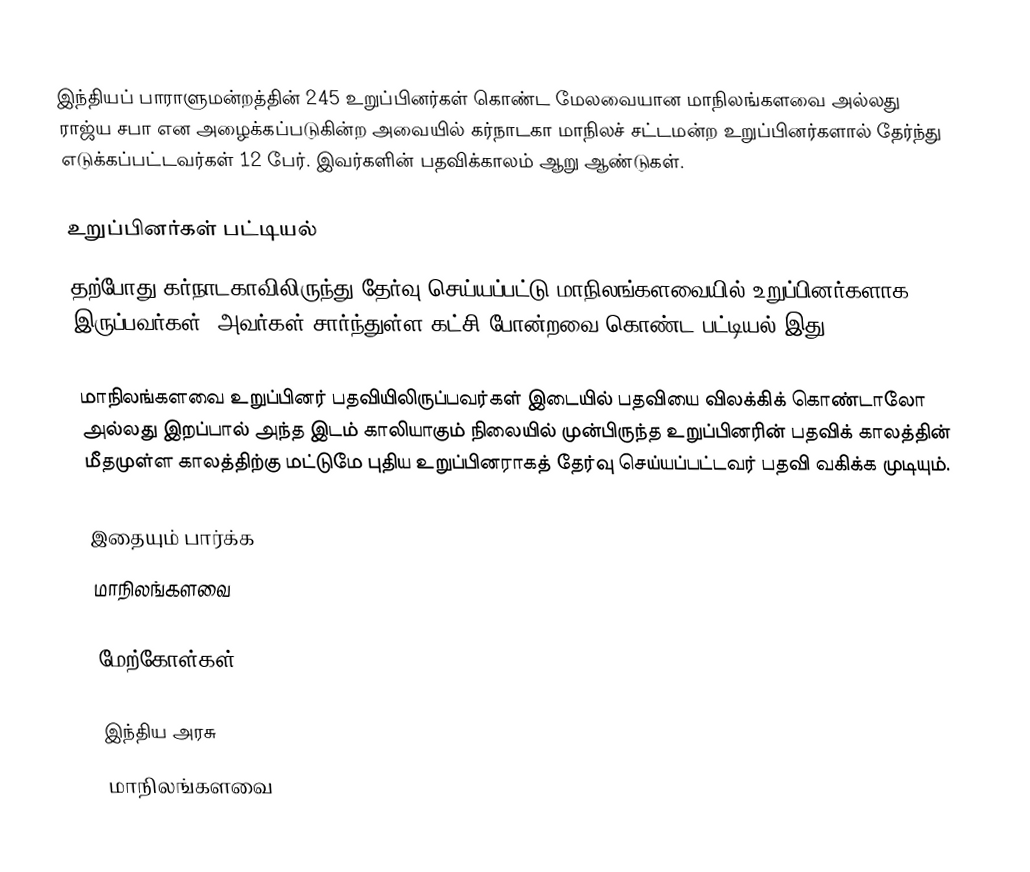
இந்தியப் பாராளுமன்றத்தின் 245 உறுப்பினர்கள் கொண்ட மேலவையான மாநிலங்களவை அல்லது ராஜ்ய சபா  என அழைக்கப்படுகின்ற அவையில் கர்நாடகா மாநிலச் சட்டமன்ற உறுப்பினர்களால் தேர்ந்து எடுக்கப்பட்டவர்கள் 12 பேர். இவர்களின் பதவிக்காலம் ஆறு ஆண்டுகள்.

உறுப்பினர்கள் பட்டியல்
தற்போது கர்நாடகாவிலிருந்து தேர்வு செய்யப்பட்டு மாநிலங்களவையில் உறுப்பினர்களாக இருப்பவர்கள், அவர்கள் சார்ந்துள்ள கட்சி போன்றவை கொண்ட பட்டியல் இது.

 மாநிலங்களவை உறுப்பினர் பதவியிலிருப்பவர்கள் இடையில் பதவியை விலக்கிக் கொண்டாலோ அல்லது இறப்பால் அந்த இடம் காலியாகும் நிலையில் முன்பிருந்த உறுப்பினரின் பதவிக் காலத்தின் மீதமுள்ள காலத்திற்கு மட்டுமே புதிய உறுப்பினராகத் தேர்வு செய்யப்பட்டவர் பதவி வகிக்க முடியும்.

இதையும் பார்க்க
மாநிலங்களவை

மேற்கோள்கள்

இந்திய அரசு
மாநிலங்களவை